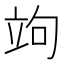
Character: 竘